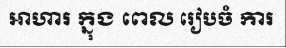
អាហារ ក្នុង ពេល រៀបចំ ការ